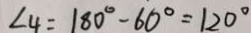
\angle 4 = 1 8 0 ^ { \circ } - 6 0 ^ { \circ } = 1 2 0 ^ { \circ }